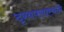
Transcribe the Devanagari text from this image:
दृश्यपसार्‍याने